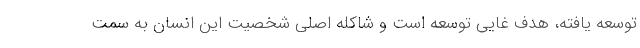
توسعه یافته، هدف غایی توسعه است و شاکله اصلی شخصیت این انسان به سمت